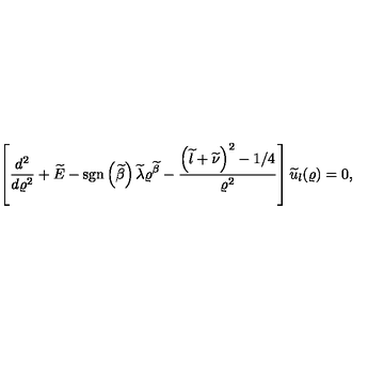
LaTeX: \left[ \frac { d ^ { 2 } } { d \varrho ^ { 2 } } + \widetilde { E } - \mathrm { s g n } \left( \widetilde { \beta } \right) \widetilde { \lambda } \varrho ^ { \widetilde { \beta } } - \frac { \left( \widetilde { l } + \widetilde { \nu } \right) ^ { 2 } - 1 / 4 } { \varrho ^ { 2 } } \right] \widetilde { u } _ { l } ( \varrho ) = 0 ,